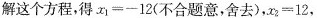
解这个方程，得$$x_{1}=-12$$(不合题意，舍去)，$$x_{2}=12$$，